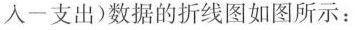
入一支出)数据的折线图如图所示：